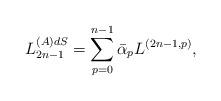
LaTeX: \begin{align*}L_{2n-1}^{(A)dS}=\sum_{p=0}^{n-1}\bar{\alpha}_{p}L^{(2n-1,p)},\end{align*}